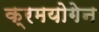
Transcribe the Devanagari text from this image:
क्रमयोगेन